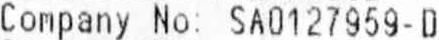
COMPANY NO: SA0127959-D